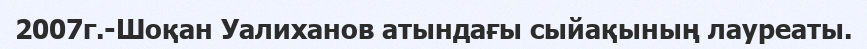
2007г.-Шоқан Уалиханов атындағы сыйақының лауреаты.